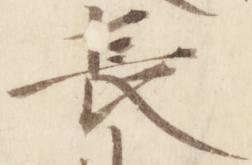
長